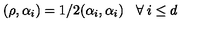
( \rho , \alpha _ { i } ) = 1 / 2 ( \alpha _ { i } , \alpha _ { i } ) \: \: \: \: \forall \: i \leq d